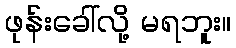
ဖုန်းခေါ်လို့ မရဘူး။